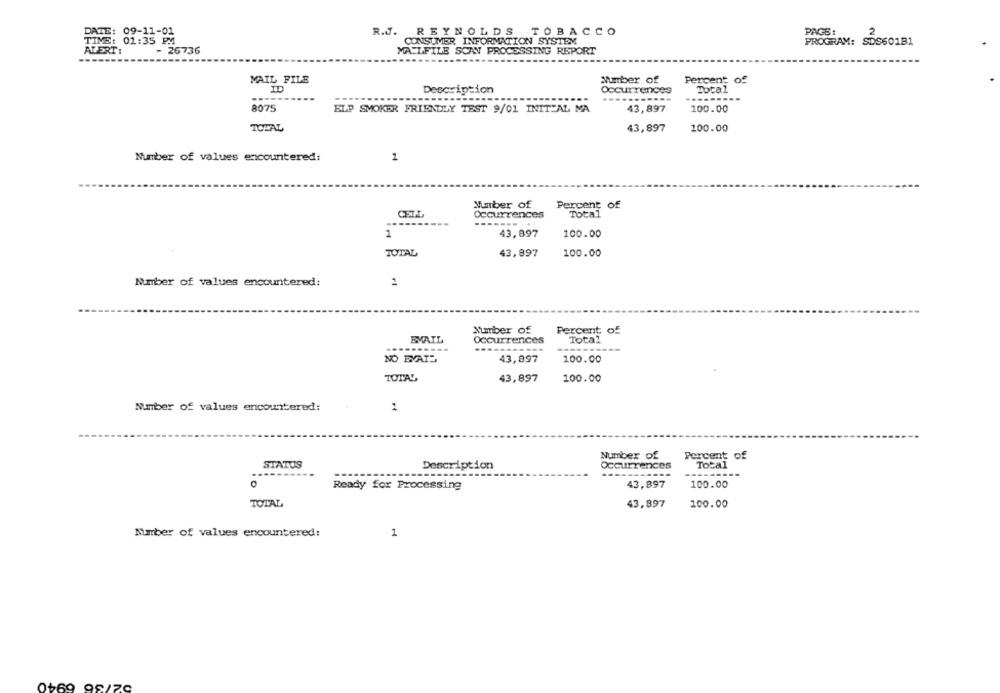
DATE: 09-11-01
R.J. REYNOLDS TOBACCO
PAGS1
2
TIME: 01:35 PM4
CONSUMER INFORMATION SYSTEM
PROGRAM: SDS601B1
ALERT:
- 26736
MAILFILE SCAN PROCESSING REPORT
----
MAIL FILE
Number of
Percent of
ID
Description
Occurrences
Total
....
8075
ELP SMOKER FRIENDLY TEST 9/01 INIT-AL MA
43,897
100.00
TOTAL
43,897
100.00
Number of values encountered:
1
TRO
Number of
Percent of
Occurrences
Total
---
1
43,897
100.00
TOTAL
43,897
100.00
Number of values encountered:
2
Number of
Percent of
BVAIL
Occurrences
Total
....
NO EVAIS
43,897
100.00
TOTAL
43,897
100.00
Number of values encountered:
1
Number of
Percent of
STATUS
Total
Description
Occurrences
43,897
100.00
Ready for Processing
TOTAL
43,897
100.00
Number of values encountered:
1
0+69 99/70